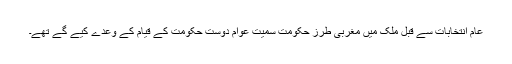
عام انتخابات سے قبل ملک میں مغربی طرز حکومت سمیت عوام دوست حکومت کے قیام کے وعدے کیے گے تھے۔